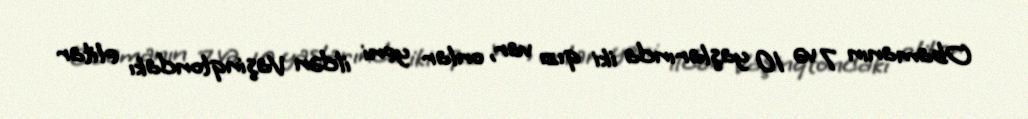
Obamanın 7 və 10 yaşlarında iki qızı var, onlar yeni ildən Vaşinqtondakı elitar